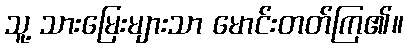
သူ့ သားမြေးများသာ မောင်းတတ်ကြ၏။